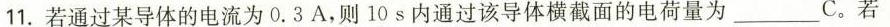
11.若通过某导体的电流为0.3A，则10s内通过该导体横截面的电荷量为___C。若